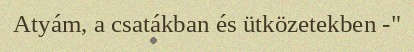
Atyám, a csatákban és ütközetekben -"